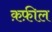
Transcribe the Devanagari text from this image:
क़फ़ील